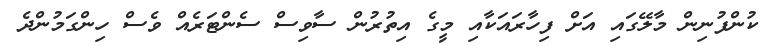
ކުންފުނިން މާލޭގައި އަށް ފިހާރައަކާއި މީގެ އިތުރުން ސާވިސް ސެންޓަރެއް ވެސް ހިންގަމުންދެ